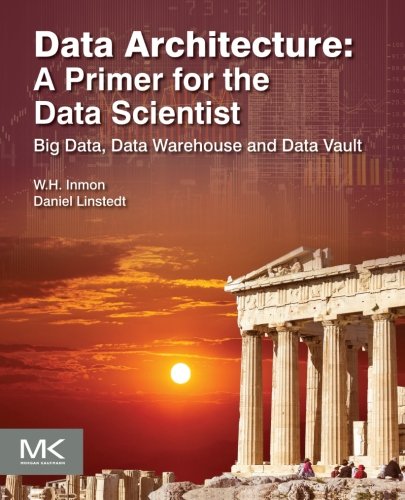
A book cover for Data Architecture: A Primer for the Data Scientist: Big Data, Data Warehouse and Data Vault; W.H. Inmon; Computers & Technology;